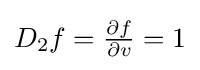
{\textstyle D_{2}f={\frac {\partial f}{\partial v}}=1}